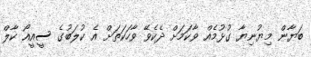
ބަޔާން މިޔުނިޔާ ގުޅުމެއް ވާކަމަށް ދެކެވޭ ވާހަކަތަށް އެ ކުލަބުގެ ސީއީއޯ ކާލް